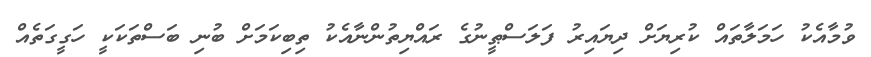
ވުމާއެކު ހަމަލާތައް ކުރިޔަށް ދިޔައިރު ފަލަސްޠީނުގެ ރައްޔިތުންނާއެކު ތިބިކަމަށް ބުނި ބަސްތަކަކީ ހަގީގަތެއް